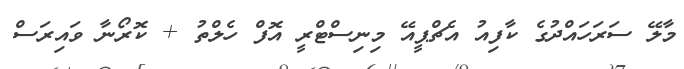
މާލޭ ސަރަހައްދުގެ ކާފިއު އެޗްޕީއޭ މިނިސްޓްރީ އޮފް ހެލްތު + ކޮރޯނާ ވައިރަސް